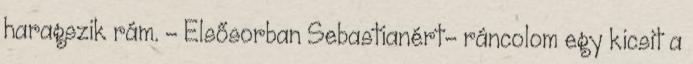
haragszik rám. - Elsősorban Sebastianért- ráncolom egy kicsit a